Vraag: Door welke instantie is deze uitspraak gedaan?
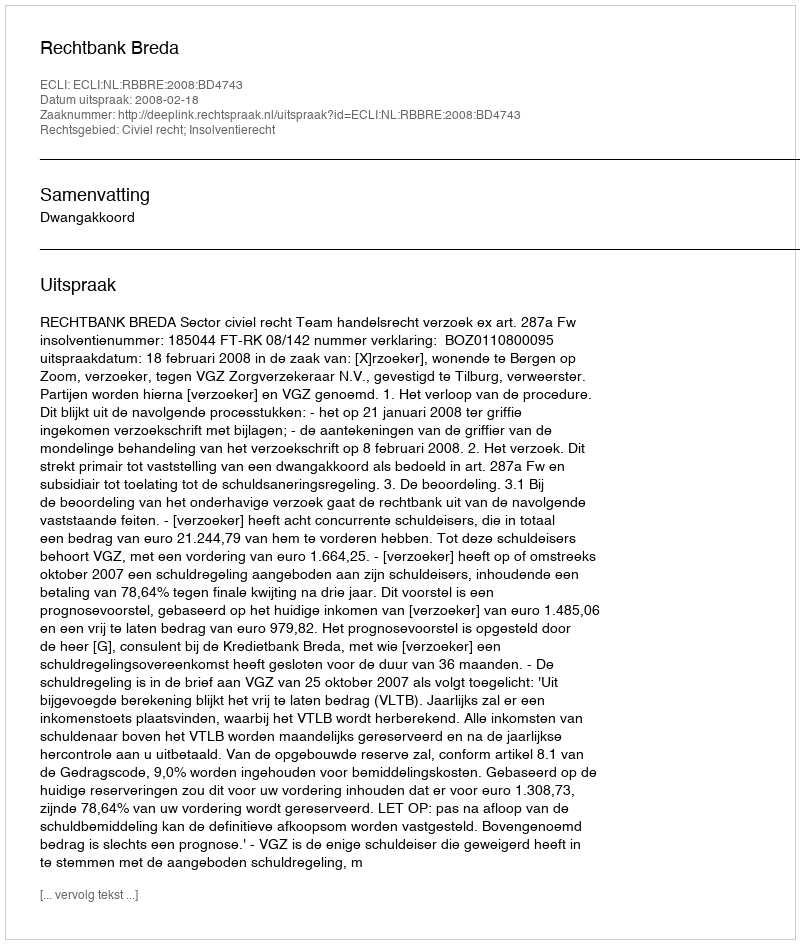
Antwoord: Rechtbank Breda